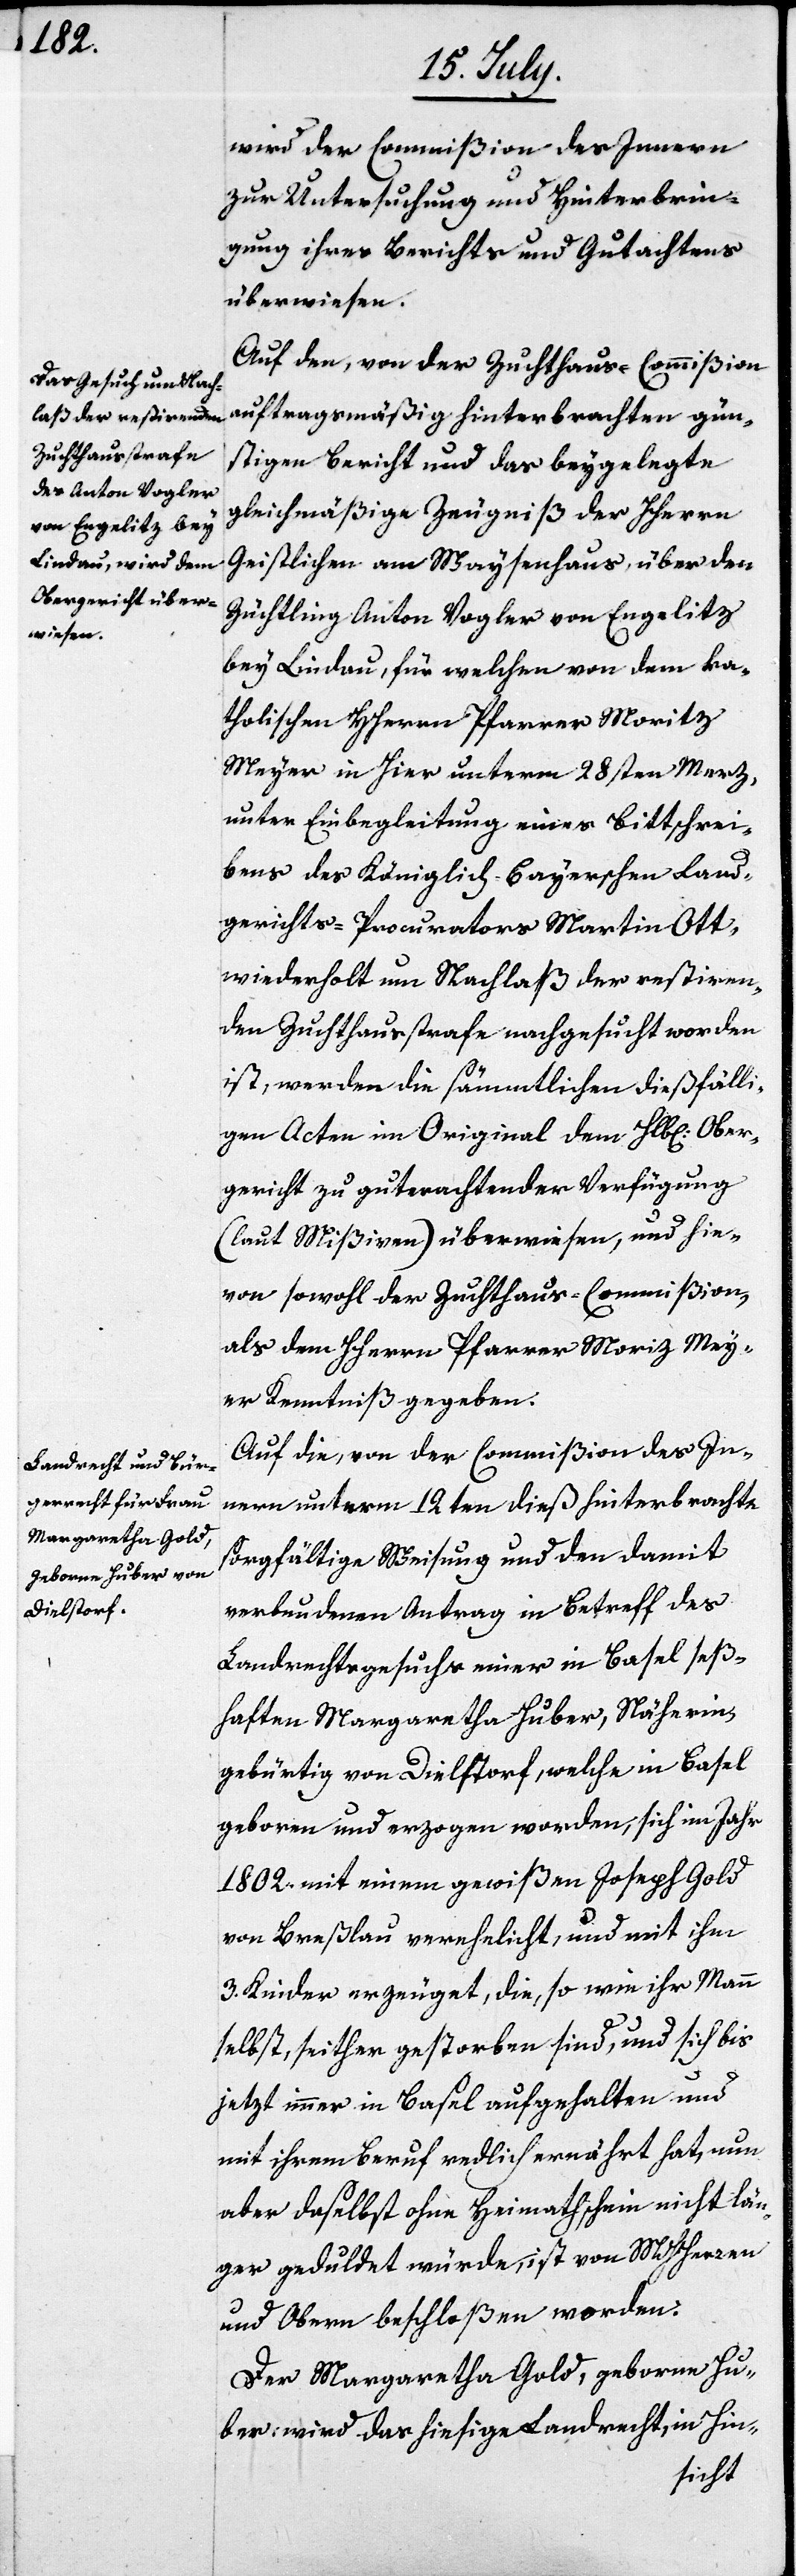
wird der Commißion des Innern
zur Untersuchung und Hinterbrin¬
gung ihres Berichts und Gutachtens
überwiesen.
Auf den, von der Zuchthaus-Commißion
auftragsmäßig hinterbrachten gün¬
stigen Bericht und das beygelegte
Geistlichen am Waysenhaus über den
Züchtling Anton Vogler von Engelitz
bey Lindau, für welchen von dem ka¬
tholischen HHerrn Pfarrer Moritz
Meyer in hier unterm 28sten Merz
unter Einbegleitung eines Bittschrei¬
bens des Königlich-Bayerschen Land¬
gerichts Procurators Martin Ott
wiederholt um Nachlaß der restiren¬
den Zuchthausstrafe angesucht worden
ist, werden die sämmtlichen dießfälli¬
gen Acten im Original dem Hlbl. Ober¬
gericht zu guterachtender Verfügung
(laut Mißiven) überwiesen, und hie¬
von sowohl der Zuchthaus-Commißion,
als dem HHerrn Pfarrer Moriz Mey¬
er Kenntniß gegeben.
Auf die, von der Commißion des In¬
nern unterm 12ten dieß hinterbrachte
sorgfältige Weisung und den damit
verbundenen Antrag in Betreff des
Landrechtsgesuchs einer in Basel seß¬
haften Margaretha Huber, Näherin,
gebürtig von Dielstorf, welche in Basel
geboren und erzogen worden, sich im Jahr
1802. mit einem gewißen Joseph Gold
von Breslau verehlicht, und mit ihm
3. Kinder erzeugt, die, so wie ihr Mann
selbst, seither gestorben sind, und sich bis
jetzt immer in Basel aufgehalten und
mit ihrem Beruf redlich ernährt hat, nun
aber daselbst ohne Heimathschein nicht län¬
ger geduldet würde, ist von MHHerren
und Obern beschloßen worden:
Der Margaretha Gold, geborne Hu¬
ber, wird das hießige Landrecht, in Hin-